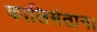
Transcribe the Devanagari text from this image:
कालिमंतान।